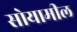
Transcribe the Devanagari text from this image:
सोयामील